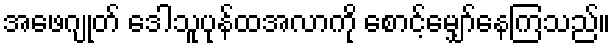
အဖေဂျုတ် ဒေါသူပုန်ထအလာကို စောင့်မျှော်နေကြသည်။